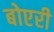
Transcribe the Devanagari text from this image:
बोएरी